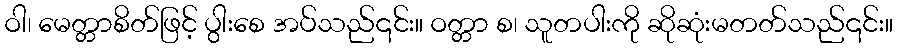
ဝါ၊ မေတ္တာစိတ်ဖြင့် ပွါးစေ အပ်သည်၎င်း။ ဝတ္တာ စ၊ သူတပါးကို ဆိုဆုံးမတတ်သည်၎င်း။